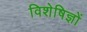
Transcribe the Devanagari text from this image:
विशेषिज्ञों